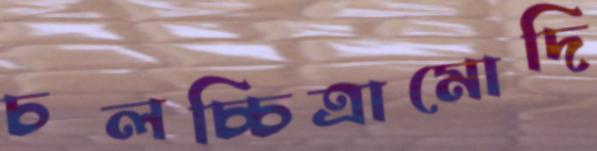
চলচ্চিত্রামোদি